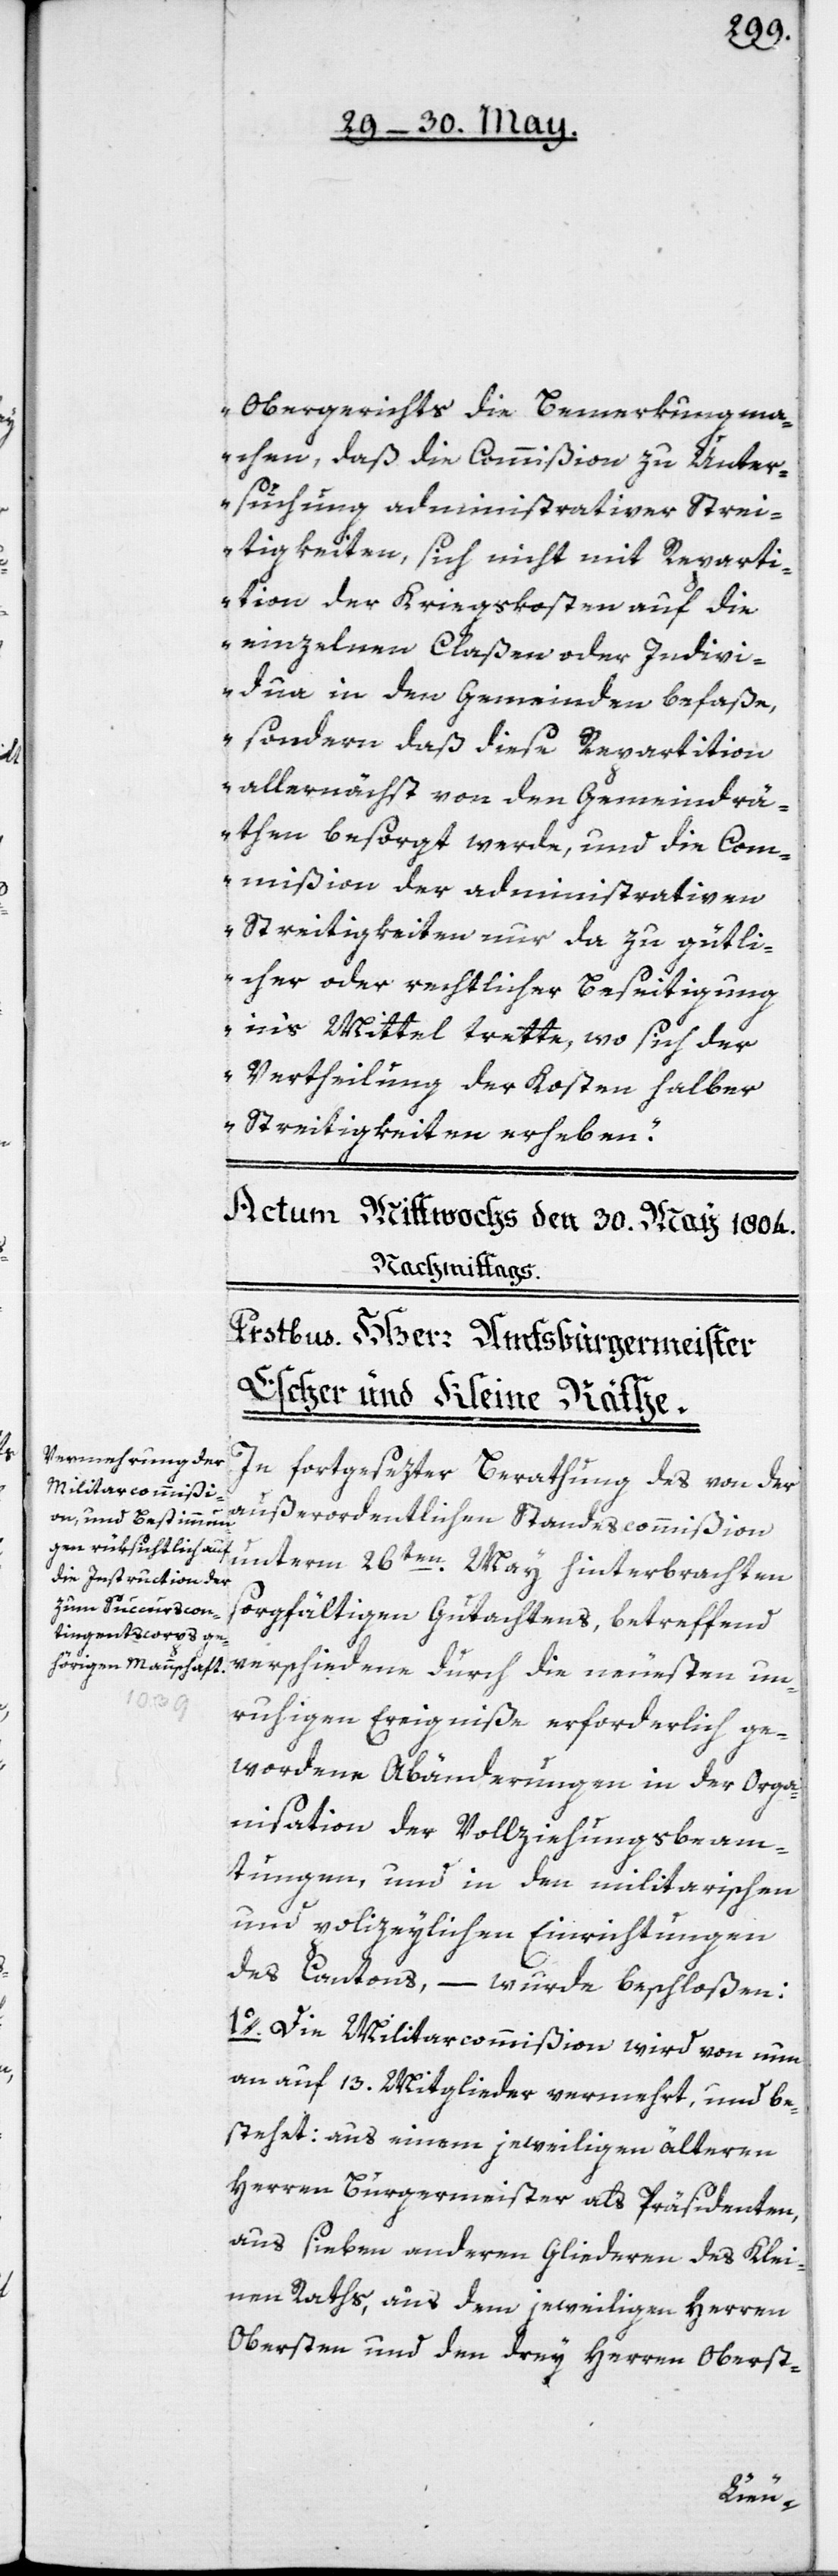
Obergerichts die Bemerkung ma¬
chen, daß die Commißion zu Unter¬
suchung administrativer Strei¬
tigkeiten, sich nicht mit Reparti¬
tion der Kriegskosten auf die
eizelnen Claßen oder Indivi¬
dua in den Gemeinden befaße,
sondern daß diese Repartition
allernächst von den Gemeindrä¬
then besorgt werde, und die Com¬
mißion der administrativen
Streitigkeiten nur da zu gütli¬
cher oder rechtlicher Beseitigung
ins Mittel trette, wo sich der
Vertheilung der Kosten halber
Streitigkeiten erheben.“
In fortgesezter Berathung des von der
außerordentlichen Standescommißion
unterm 26ten May hinterbrachten
sorgfältigen Gutachtens, betreffend
verschiedene durch die neuesten un¬
ruhigen Ereigniße erforderlich ge¬
wordene Abänderungen in der Orga¬
nisation der Vollziehungsbeam¬
tungen, und in den militarischen
und polizeylichen Einrichtungen
des Cantons, – wurde beschloßen:
1o. Die Militarcommißion wird von nun
an auf 13. Mitglieder vermehrt, und be¬
stehet: aus einem jeweiligen älteren
Herren Burgermeister als Präsidenten,
aus sieben andern Gliederen des Klei¬
nen Raths, aus dem jeweiligen Herren
Obersten und den drey Herren Oberst-